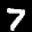
Label: 7